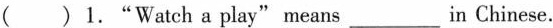
( )1."Watch a play" means ___ in Chinese.